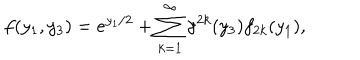
f ( y _ { 1 } , y _ { 3 } ) = e ^ { y _ { 1 } / 2 } + \sum _ { k = 1 } ^ { \infty } { \gamma } ^ { 2 k } ( y _ { 3 } ) f _ { 2 k } ( y _ { 1 } ) ,